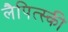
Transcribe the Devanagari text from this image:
लैपित्स्की